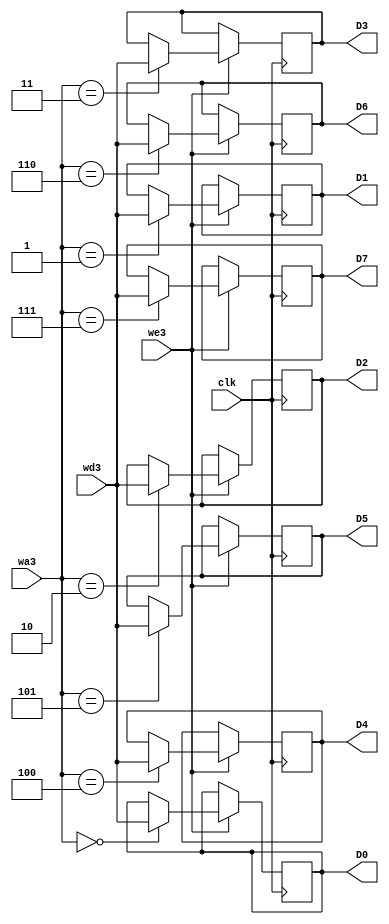
module Circ_Seq(input [3:0]wa3, input we3, clk, input [7:0]wd3,
					output reg [7:0] D0, D1, D2, D3, D4, D5, D6, D7);
	always @(posedge clk) begin
		if(we3 == 1) begin
			case (wa3)
				0 : 
					D0 = wd3;
				1 :
					D1 = wd3;
				2 : 
					D2 = wd3;
				3 : 
					D3 = wd3;
				4 : 
					D4 = wd3;
				5 : 
					D5 = wd3;
				6 : 
					D6 = wd3;
				7 : 
					D7 = wd3;
			endcase
		end
	end
endmodule